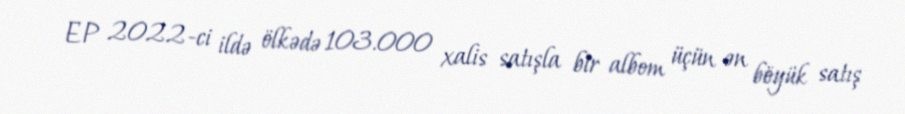
EP 2022-ci ildə ölkədə 103.000 xalis satışla bir albom üçün ən böyük satış